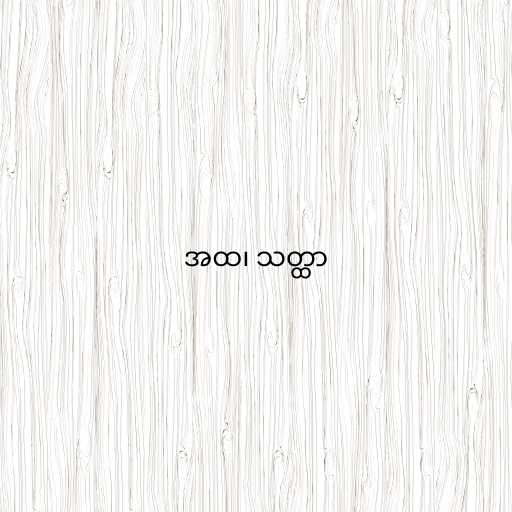
အထ၊ သတ္ထာ